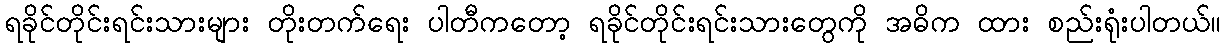
ရခိုင်တိုင်းရင်းသားများ တိုးတက်ရေး ပါတီကတော့ ရခိုင်တိုင်းရင်းသားတွေကို အဓိက ထား စည်းရုံးပါတယ်။